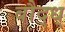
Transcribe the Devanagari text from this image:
बौद्ध्